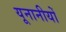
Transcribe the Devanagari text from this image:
यूनानीयों